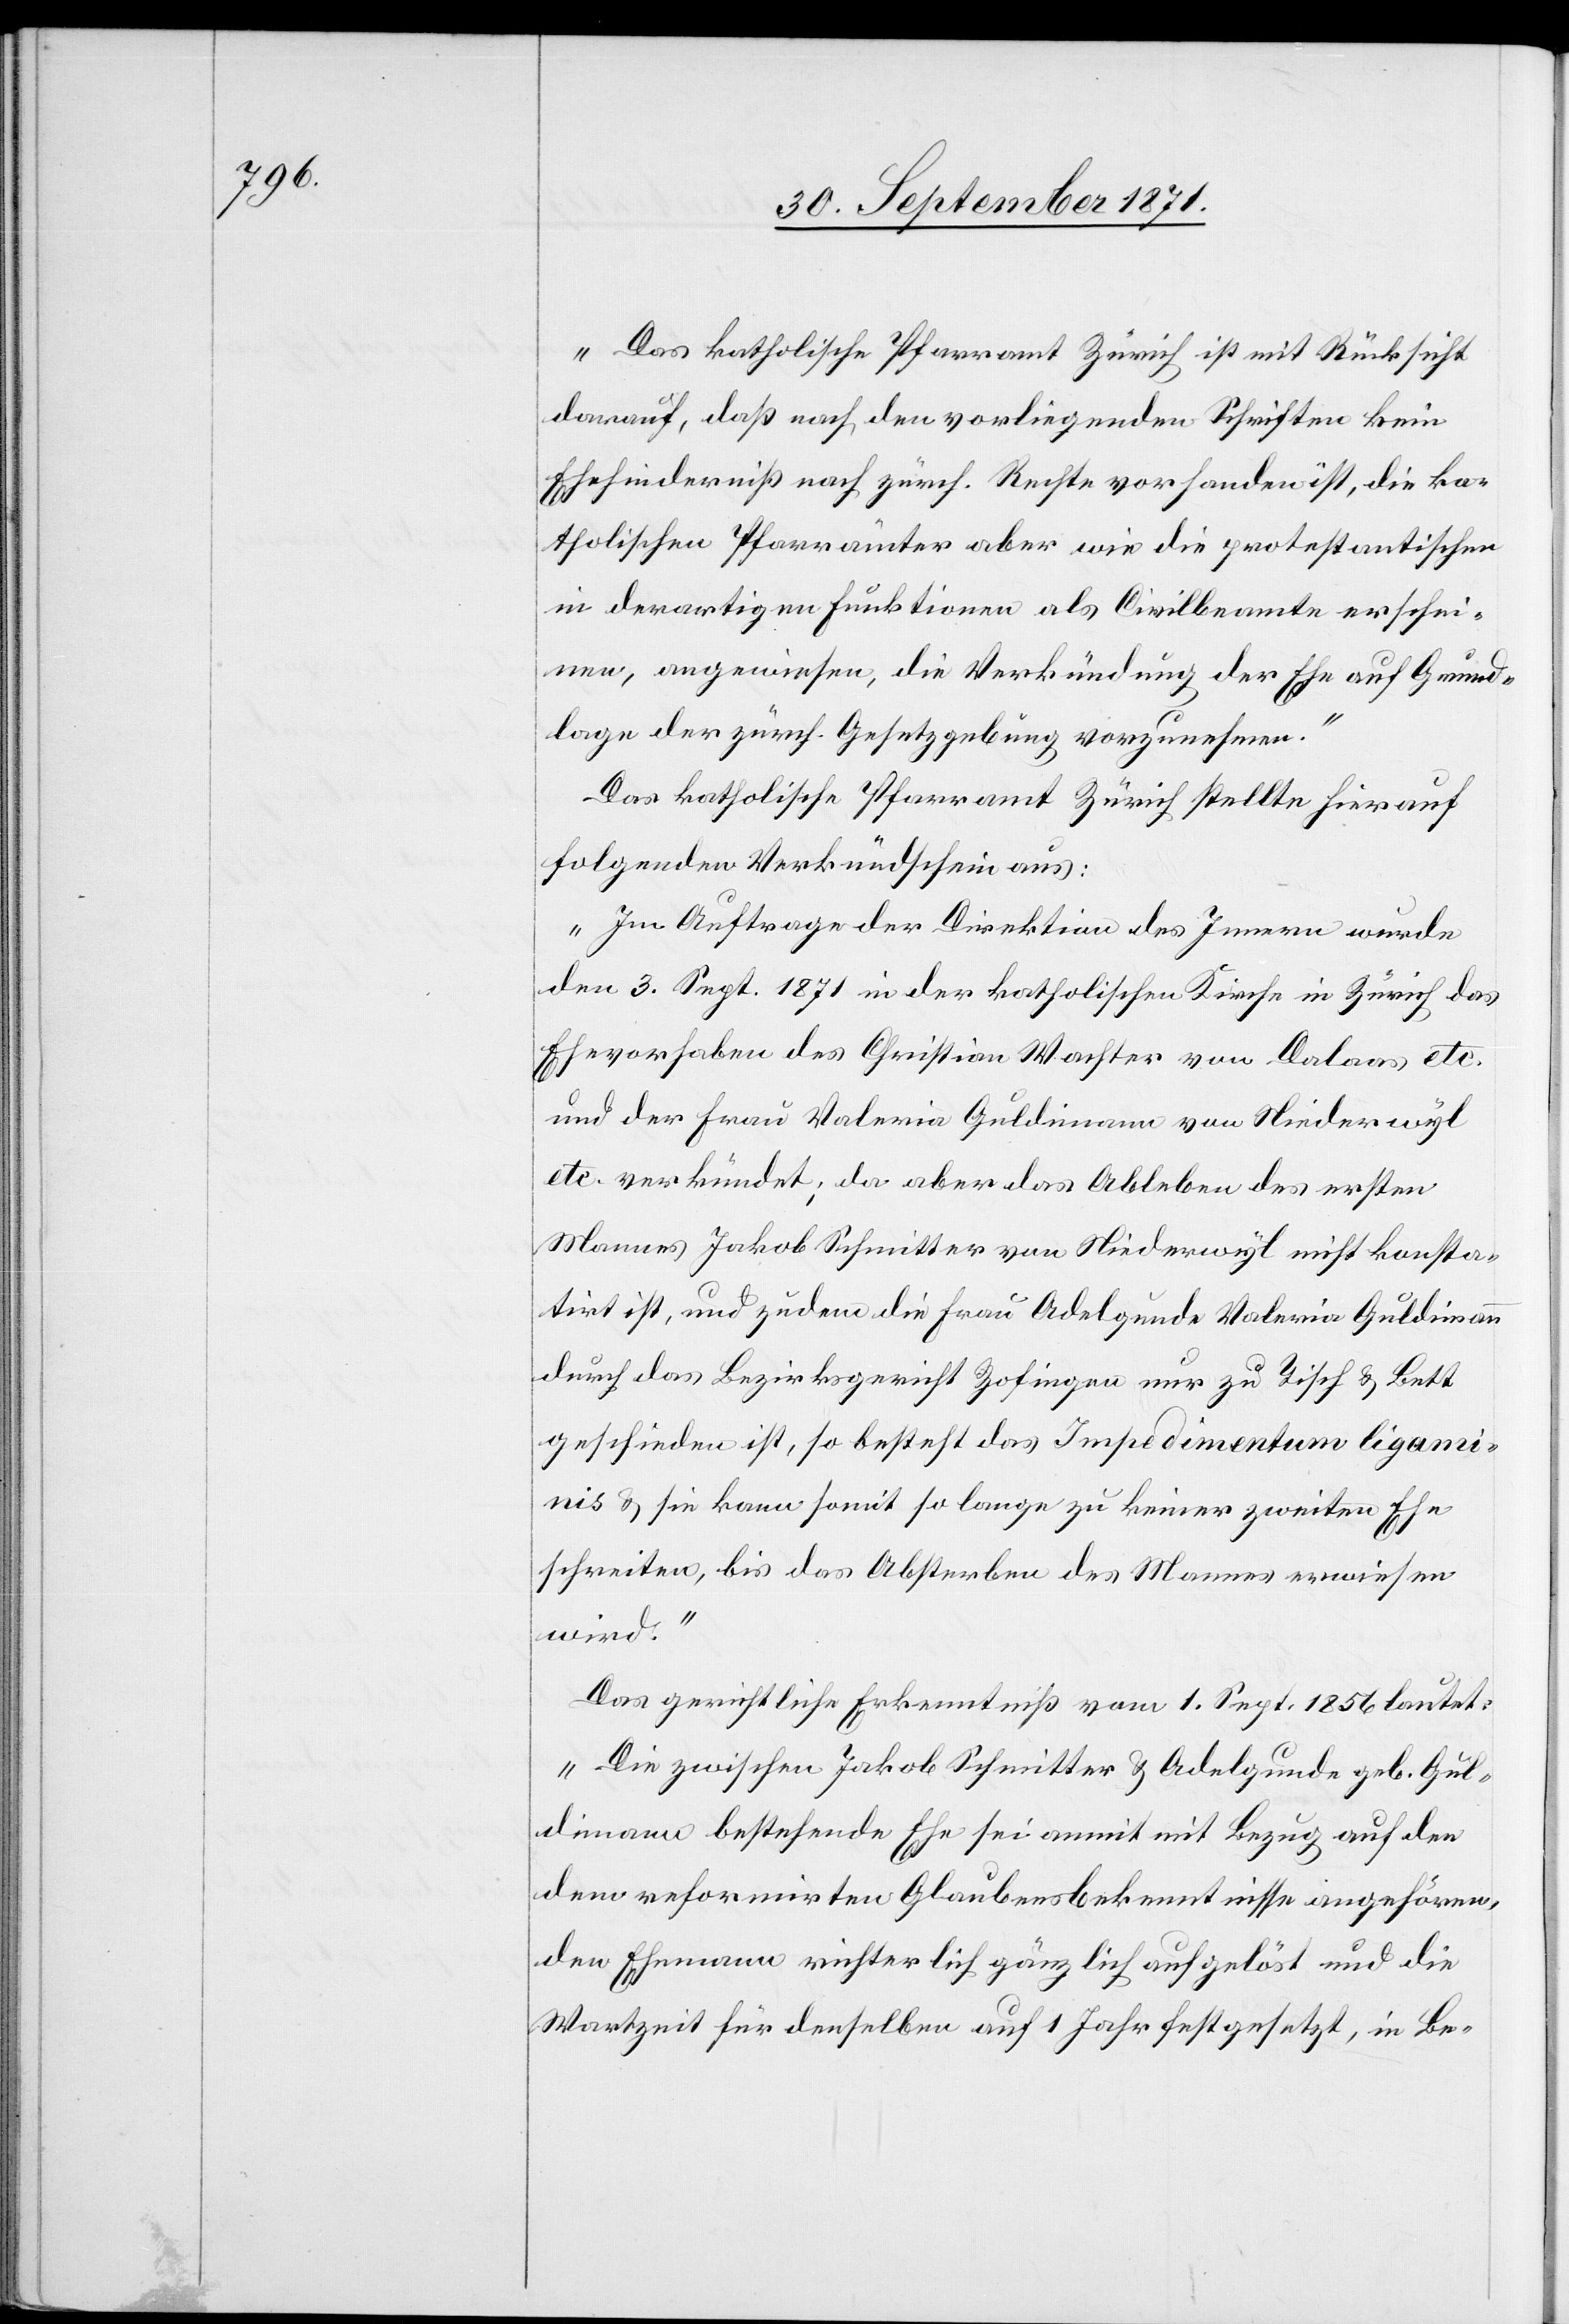
„Das katholische Pfarramt Zürich ist mit Rücksicht
darauf, daß nach den vorliegenden Schriften kein
Ehehinderniß nach zürch. Rechte vorhanden ist, die ka¬
tholischen Pfarrämter aber wie die protestantischen
in derartigen Funktionen als Civilbeamte erschei¬
nen, angewiesen, die Verkündung der Ehe auf Grund¬
lage der zürch. Gesetzgebung vorzunehmen.“
Das katholische Pfarramt Zürich stellte hierauf
folgenden Verkündschein aus:
„Im Auftrage der Direktion des Innern wurde
den 3. Sept. 1871 in der katholischen Kirche in Zürich das
Ehevorhaben des Christian Wachter von Dalaas etc.
und der Frau Valeria Guldimann von Niederwyl
etc. verkündet; da aber das Ableben des ersten
Mannes Jakob Schmitter von Niederwyl nicht konsta¬
tirt ist, und zudem die Frau Adelgunde Valeria Guldimann
durch das Bezirksgericht Zofingen nur zu Tisch & Bett
geschieden ist, so besteht das Impedimentum ligami¬
nis & sie kann somit so lange zu keiner zweiten Ehe
schreiten, bis das Absterben des Mannes erwiesen
wird.“
Das gerichtliche Erkenntniß vom 1. Sept. 1856 lautet:
„Die zwischen Jakob Schmitter & Adelgunde geb. Gul¬
dimann bestehende Ehe sei anmit mit Bezug auf den
dem reformirten Glaubensbekenntnisse angehören¬
den Ehemann richterlich gänzlich aufgelöst und die
Wartzeit für denselben auf 1 Jahr festgesetzt, in Be-